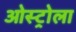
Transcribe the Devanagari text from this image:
ओस्ट्रोला